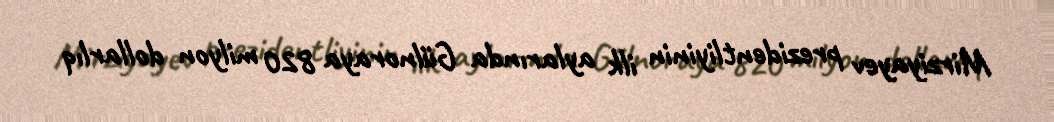
Mirziyayev prezidentliyinin ilk aylarında Gülnoraya 820 milyon dollarlıq